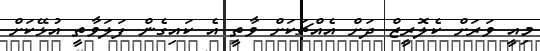
މިއީ ވަރަށް ކެލޮރީޒް ދަށް އެއްޗަކަށް ވާތީ އެ ކައިގެން ފަލަވާތީ އުޅޭކަށް